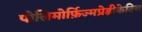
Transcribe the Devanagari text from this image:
पोलिमोर्फ़िज्मप्रेडीकेटिव